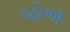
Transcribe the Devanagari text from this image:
उर्द्धरणों